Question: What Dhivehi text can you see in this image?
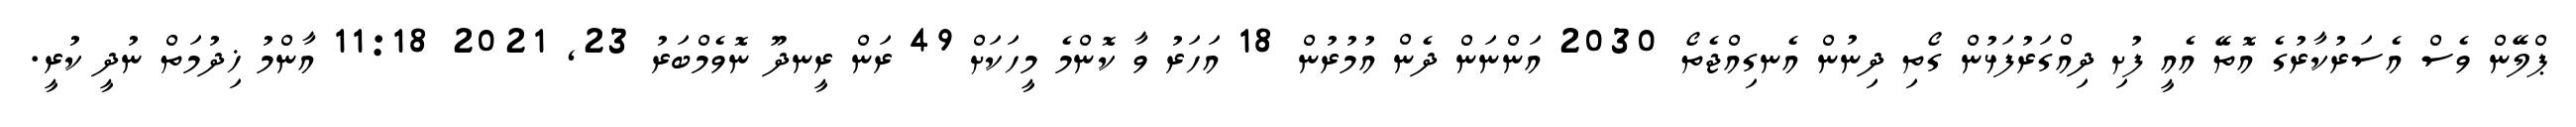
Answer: ޕްލޭން ވެސް އެސަރުކާރުގެ އޮތޭ އެއީ ފުށި ދިއްގަރުފަޅުން ގޯތި ދިނުން އެނގިއްޖެތޯ 2030 އަންނަން ދެން އުމުރުން 18 އަހަރު ވާ ކޮންމެ މީހަކަށް 49 ރަން ރީނދޫ ނޮވެމްބަރު 23, 2021 11:18 އާންމު ޚިދުމަތް ނުދީ ކުރީ.